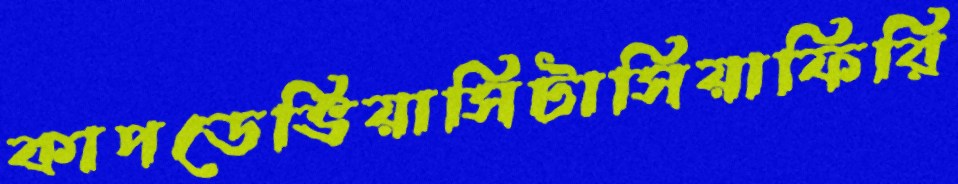
কাপডেভিয়াসিটাসিয়াফিরি